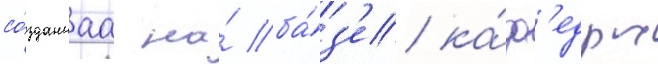
со́зданнаа на́ ба́з'е ка́ф'едры